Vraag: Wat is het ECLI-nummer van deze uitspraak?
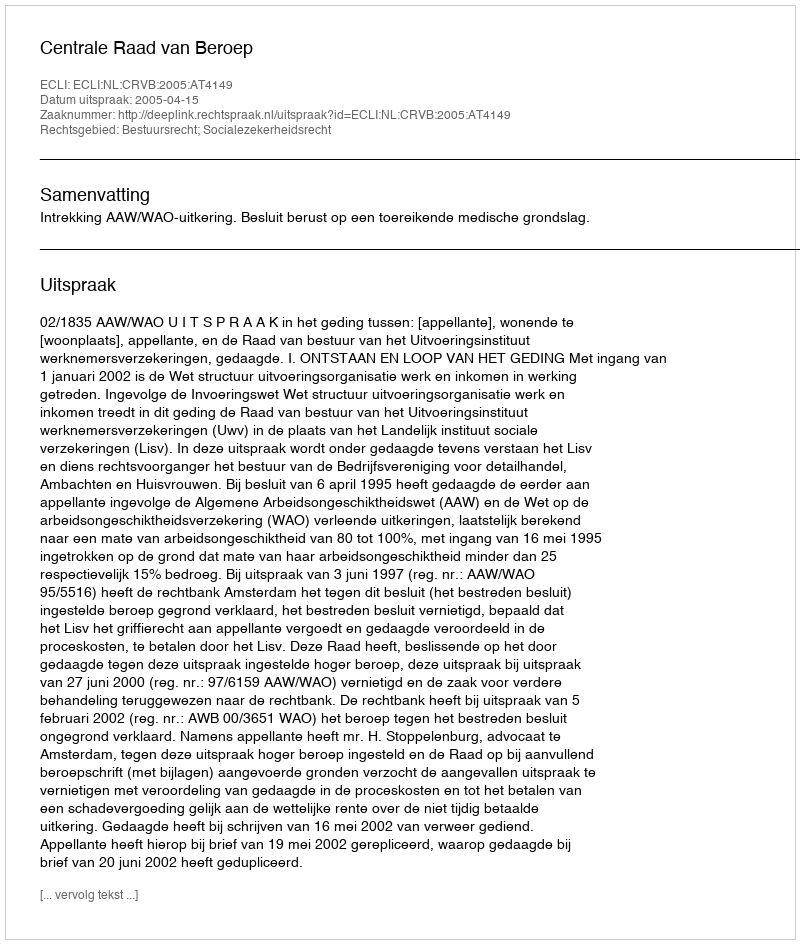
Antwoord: ECLI:NL:CRVB:2005:AT4149